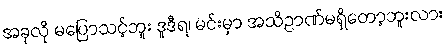
အခုလို မပြောသင့်ဘူး ဒူဒီရ၊ မင်းမှာ အသိဉာဏ်မရှိတော့ဘူးလား